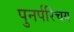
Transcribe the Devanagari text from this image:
पुनर्परिचय